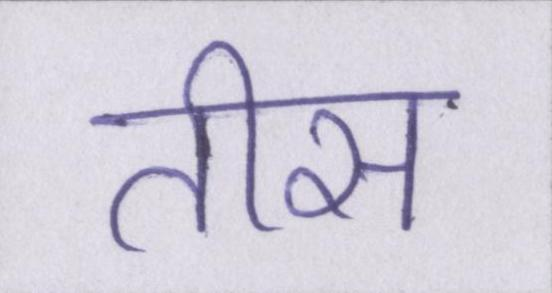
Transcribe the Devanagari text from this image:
तीस